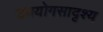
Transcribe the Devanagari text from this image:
उपयोगसादृश्य